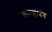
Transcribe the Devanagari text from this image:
कान्हादेव